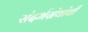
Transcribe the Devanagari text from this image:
संदर्भग्रंथांची